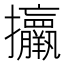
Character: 𢺧